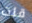
قلت